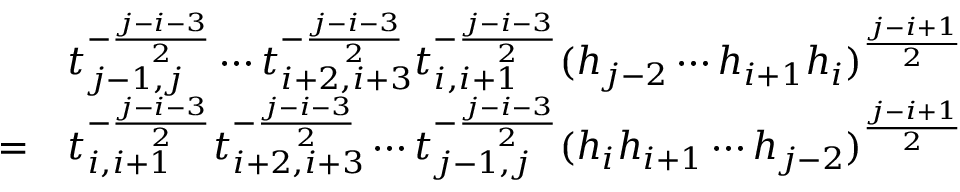
\begin{array} { r l } & { t _ { j - 1 , j } ^ { - \frac { j - i - 3 } { 2 } } \cdots t _ { i + 2 , i + 3 } ^ { - \frac { j - i - 3 } { 2 } } t _ { i , i + 1 } ^ { - \frac { j - i - 3 } { 2 } } ( h _ { j - 2 } \cdots h _ { i + 1 } h _ { i } ) ^ { \frac { j - i + 1 } { 2 } } } \\ { = } & { t _ { i , i + 1 } ^ { - \frac { j - i - 3 } { 2 } } t _ { i + 2 , i + 3 } ^ { - \frac { j - i - 3 } { 2 } } \cdots t _ { j - 1 , j } ^ { - \frac { j - i - 3 } { 2 } } ( h _ { i } h _ { i + 1 } \cdots h _ { j - 2 } ) ^ { \frac { j - i + 1 } { 2 } } } \end{array}